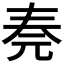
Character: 𠒏